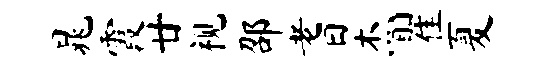
晁霞廿视邵耆杰瞿夏